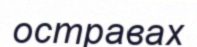
остравах